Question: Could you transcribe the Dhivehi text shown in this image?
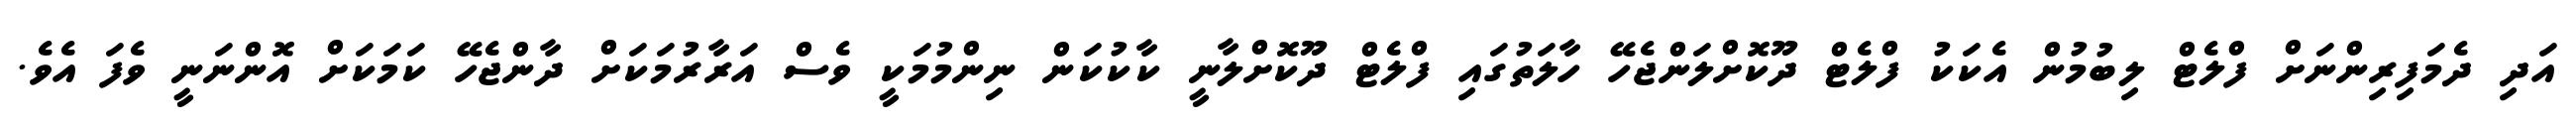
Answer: އަދި ދެމަފިރިންނަށް ފްލެޓް ލިބުމުން އެކަކު ފްލެޓް ދޫކޮށްލަންޖެހޭ ހާލަތުގައި ފްލެޓް ދޫކޮށްލާނީ ކާކުކަން ނިންމުމަކީ ވެސް އަރާރުމަކަށް ދާންޖެހޭ ކަމަކަށް އޮންނަނީ ވެފަ އެވެ.